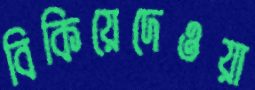
বিকিয়েদেওয়া